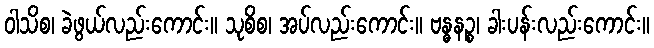
ဝါသိစ၊ ခဲဖွယ်လည်းကောင်း။ သုစိစ၊ အပ်လည်းကောင်း။ ဗန္ဓနဉ္စ၊ ခါးပန်းလည်းကောင်း။